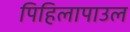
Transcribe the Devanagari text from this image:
पिहिलापाउल